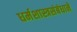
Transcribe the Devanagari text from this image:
धर्मशास्त्रसंबंधाने